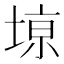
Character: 𫮎